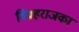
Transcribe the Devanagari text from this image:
विग्रहराजका